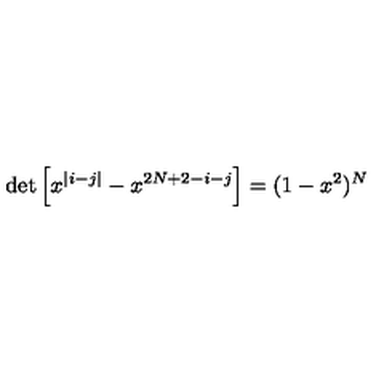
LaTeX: \det \left[ x ^ { | i - j | } - x ^ { 2 N + 2 - i - j } \right] = ( 1 - x ^ { 2 } ) ^ { N }